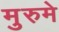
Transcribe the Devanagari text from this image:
मुरुमे